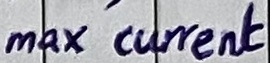
Text: max current